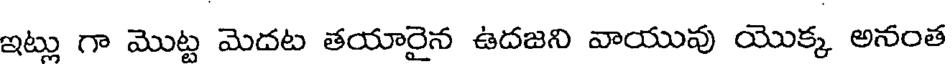
ఇట్లు గా మొట్ట మెదట తయారైన ఉదజని వాయువు యొక్క అనంత